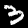
Label: 3